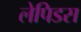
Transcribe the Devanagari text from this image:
लेपिडस